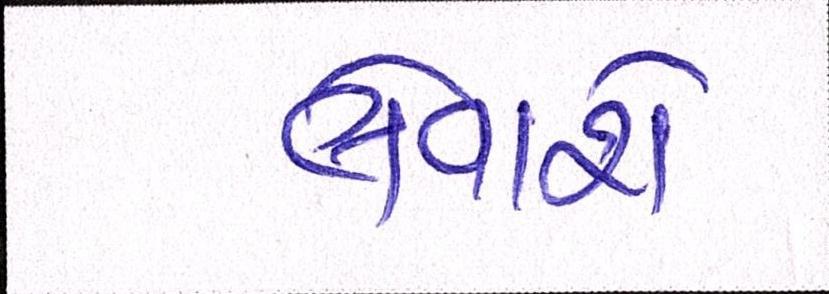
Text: લેવાશે